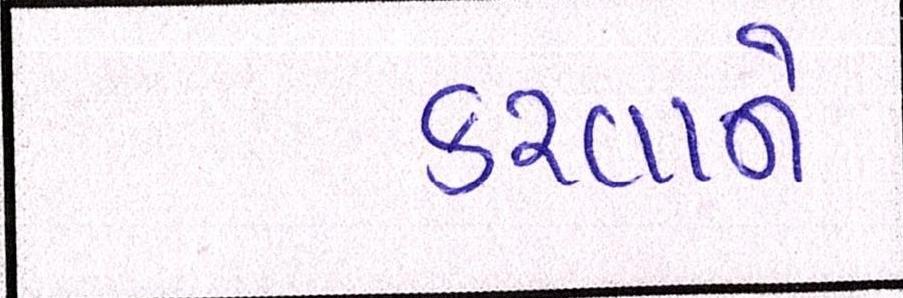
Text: કરવાને